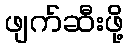
ဖျက်ဆီးဖို့